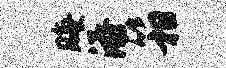
晦添箱